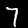
Digit: 7